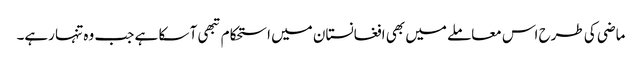
ماضی کی طرح اس معاملے میں بھی افغانستان میں استحکام تبھی آ سکا ہے جب وہ تنہا رہے۔